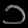
Digit: ၁